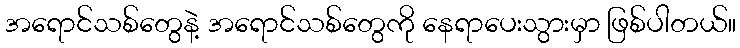
အရောင်သစ်တွေနဲ့ အရောင်သစ်တွေကို နေရာပေးသွားမှာ ဖြစ်ပါတယ်။